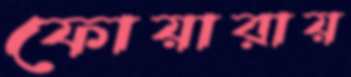
ফোয়ারায়